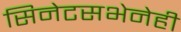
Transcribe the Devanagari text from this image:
सिनेटसभेनेही